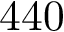
4 4 0